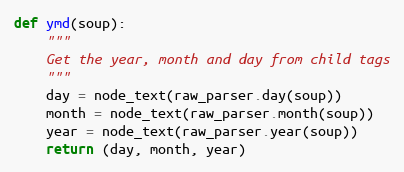
Language: Python
def ymd(soup):
    """
    Get the year, month and day from child tags
    """
    day = node_text(raw_parser.day(soup))
    month = node_text(raw_parser.month(soup))
    year = node_text(raw_parser.year(soup))
    return (day, month, year)